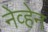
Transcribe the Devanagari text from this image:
नेव्हेन